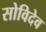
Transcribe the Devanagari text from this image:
सोविदेव